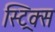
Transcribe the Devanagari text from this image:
स्ट्रिक्स